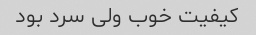
کیفیت خوب ولی سرد بود